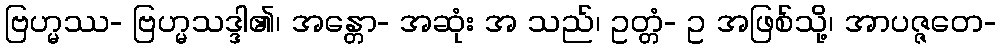
ဗြဟ္မဿ- ဗြဟ္မသဒ္ဒါ၏၊ အန္တော- အဆုံး အ သည်၊ ဥတ္တံ- ဥ အဖြစ်သို့၊ အာပဇ္ဇတေ-